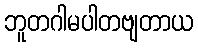
ဘူတဂါမပါတဗျတာယ